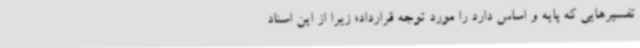
تفسیرهایی که پایه و اساس دارد را مورد توجه قرارداد؛ زیرا از این اسناد